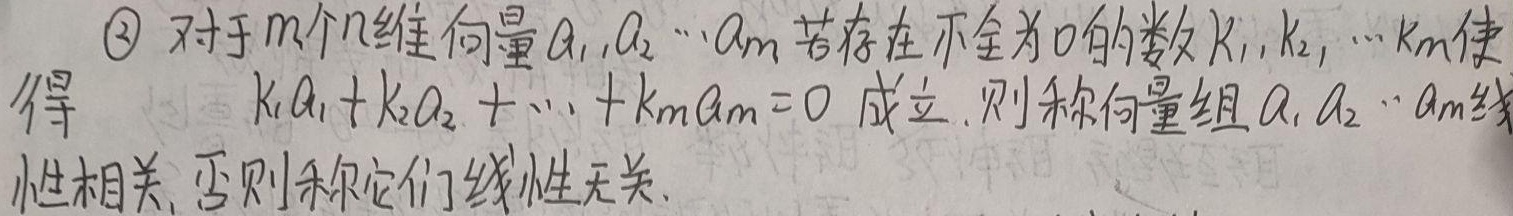
\textcircled{3} 对于 \(m\) 个 \(n\) 维向量 \(\alpha_{1},\alpha_{2},\cdots,\alpha_{m}\)，若存在不全为 \(0\) 的数 \(k_{1},k_{2},\cdots,k_{m}\) 使得
\[k_{1}\alpha_{1}+k_{2}\alpha_{2}+\cdots + k_{m}\alpha_{m}=0\]
成立，则称向量组 \(\alpha_{1},\alpha_{2},\cdots,\alpha_{m}\) 线性相关，否则称它们线性无关。